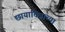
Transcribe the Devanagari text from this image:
छायाचित्राच्या